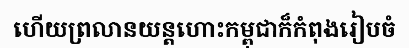
ហើយព្រលានយន្តហោះកម្ពុជាក៏កំពុងរៀបចំ